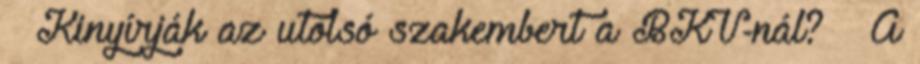
» Kinyírják az utolsó szakembert a BKV-nál? » A